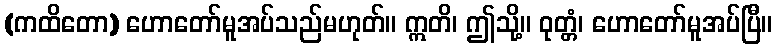
(ကထိတော) ဟောတော်မူအပ်သည်မဟုတ်။ ဣတိ၊ ဤသို့။ ဝုတ္တံ၊ ဟောတော်မူအပ်ပြီ။